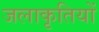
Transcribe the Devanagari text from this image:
जलाकृतियों